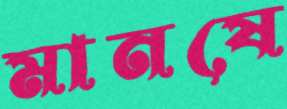
মানষে